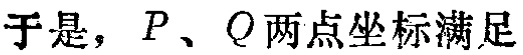
于是，\(P\)、\(Q\)两点坐标满足